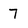
Character: 7